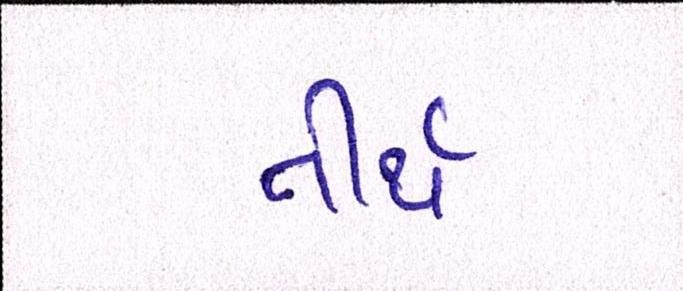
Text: તીર્થ